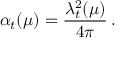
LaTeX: \alpha _ { t } ( \mu ) = { \frac { \lambda _ { t } ^ { 2 } ( \mu ) } { 4 \pi } } \, .